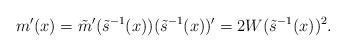
LaTeX: \begin{align*}m'(x) = \tilde{m}'(\tilde{s}^{-1}(x))(\tilde{s}^{-1}(x))' = 2W(\tilde{s}^{-1}(x))^2. \end{align*}